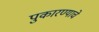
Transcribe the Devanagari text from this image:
पुकारण्याचे